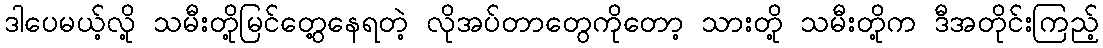
ဒါပေမယ့်လို့ သမီးတို့မြင်တွေ့နေရတဲ့ လိုအပ်တာတွေကိုတော့ သားတို့ သမီးတို့က ဒီအတိုင်းကြည့်